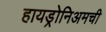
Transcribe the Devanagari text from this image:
हायड्रोनिअमची